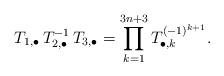
LaTeX: \begin{align*}T_{1,\bullet}\,T_{2,\bullet}^{-1}\,T_{3,\bullet} = \prod_{k=1}^{3n+3}T_{\bullet,k}^{(-1)^{k+1}}.\end{align*}